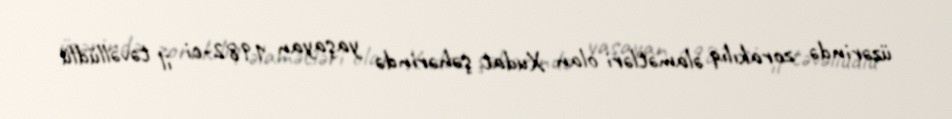
üzərində zorakılıq əlamətləri olan Xudat şəhərində yaşayan 1982-ci il təvəllüdlü